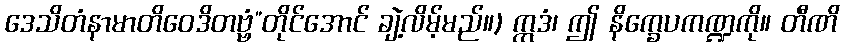
ဒေသိတံနာမာတိဝေဒိတဗ္ဗံ”တိုင်အောင် ချဲ့လိမ့်မည်။) ဣဒံ၊ ဤ နိက္ခေပကဏ္ဍကို။ တီဏိ